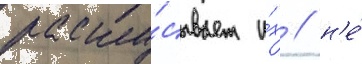
раску́сывает и́х / н'е́